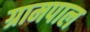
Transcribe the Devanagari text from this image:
ग्रामपाल